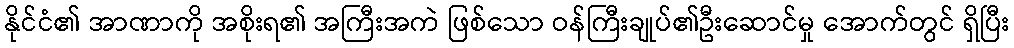
နိုင်ငံ၏ အာဏာကို အစိုးရ၏ အကြီးအကဲ ဖြစ်သော ဝန်ကြီးချုပ်၏ဦးဆောင်မှု အောက်တွင် ရှိပြီး